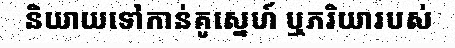
និយាយទៅកាន់គូស្នេហ៍ ឬភរិយារបស់